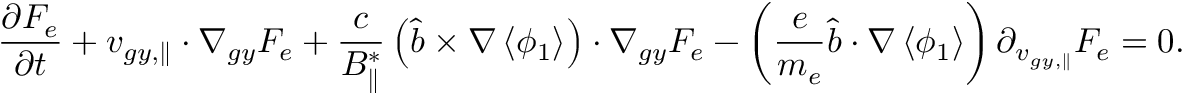
\frac { \partial F _ { e } } { \partial t } + { v } _ { g y , \parallel } \boldsymbol { \cdot } \nabla _ { g y } F _ { e } + \frac { c } { B _ { \parallel } ^ { * } } \left( { { { \hat { b } } } } \times \nabla \left< \phi _ { 1 } \right> \right) \boldsymbol { \cdot } \nabla _ { g y } F _ { e } - \left( \frac { e } { m _ { e } } { \hat { b } } \boldsymbol { \cdot } \nabla \left< \phi _ { 1 } \right> \right) \partial _ { v _ { g y , \parallel } } F _ { e } = 0 .